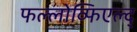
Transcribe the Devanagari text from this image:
फल्लोव्फिएल्द्